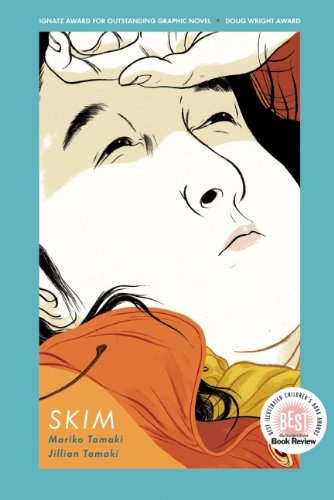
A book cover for Skim; Comics & Graphic Novels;